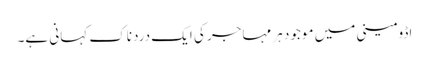
اڈومینی میں موجود ہر مہاجر کی ایک دردناک کہانی ہے۔